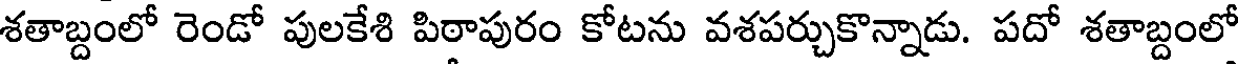
శతాబ్దంలో రెండో పులకేశి పిఠాపురం కోటను వశపర్చుకొన్నాడు. పదో శతాబ్దంలో